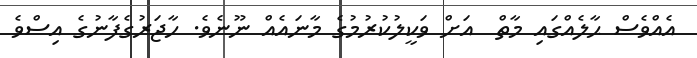
އެއްވެސް ޙާލެއްގައި މާތް  އަށް ވަކީލުކުރުމުގެ މާނައެއް ނޫނެވެ. ހާޖަރުގެފާނުގެ އިސްވެ